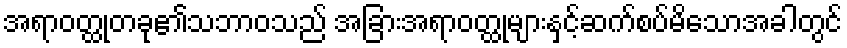
အရာဝတ္ထုတခု၏သဘာဝသည် အခြားအရာဝတ္ထုများနှင့်ဆက်စပ်မိသောအခါတွင်